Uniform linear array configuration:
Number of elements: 8
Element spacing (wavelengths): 0.5
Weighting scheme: uniform
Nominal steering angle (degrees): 45
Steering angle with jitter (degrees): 44.972
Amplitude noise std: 0.05
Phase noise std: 0.05

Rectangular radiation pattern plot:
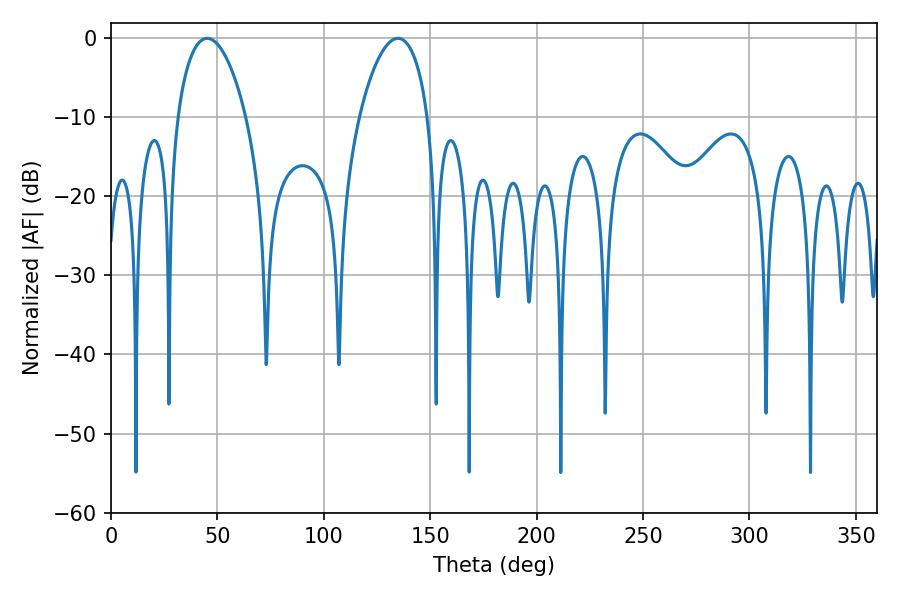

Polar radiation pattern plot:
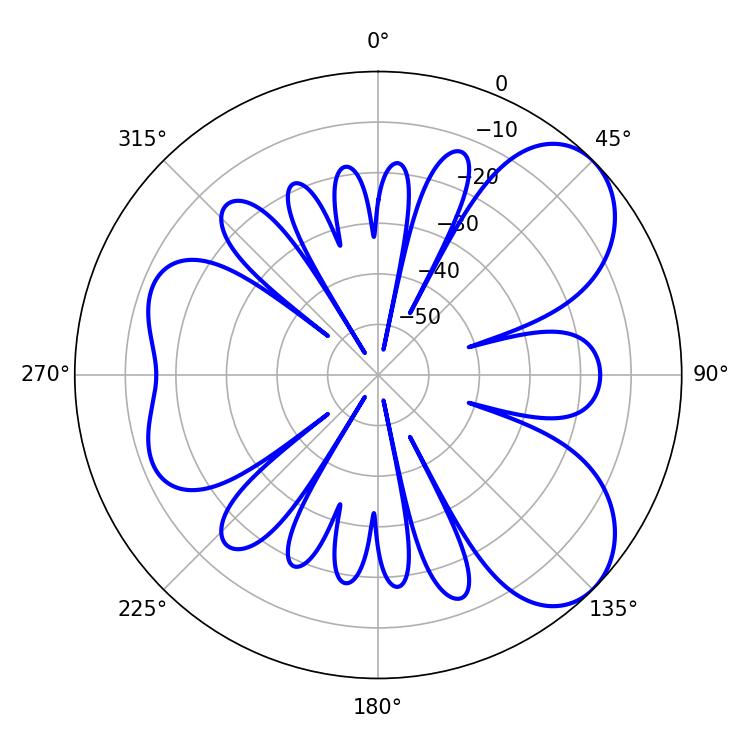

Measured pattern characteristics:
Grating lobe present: FALSE
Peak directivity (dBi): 6.619
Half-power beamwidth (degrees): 18.36
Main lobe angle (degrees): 45.18